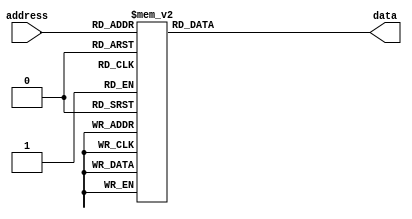
module rom_read(
data,
address,
);

parameter DATAWIDTH = 15;
parameter ADDRWIDTH = 6;
parameter TBLSZ = 1 << ADDRWIDTH;
 
input [ADDRWIDTH-1:0] address;
output [DATAWIDTH-1:0] data;

reg [DATAWIDTH-1:0] data;

always@(address) begin
  $display("rom read data bin %b dec %d ",address,address);
  case(address)
     0: data =15'h7E06;
     1: data =15'h7A35; 
     2: data =15'h768F; 
     3: data =15'h7312; 
     4: data =15'h6FBD; 
     5: data =15'h6C8B; 
     6: data =15'h697D; 
     7: data =15'h668F; 
     8: data =15'h63BF; 
     9: data =15'h610D; 
    10: data =15'h5E77; 
    11: data =15'h5BFA; 
    12: data =15'h5997; 
    13: data =15'h574B; 
    14: data =15'h5515; 
    15: data =15'h52F5; 
    16: data =15'h50E8; 
    17: data =15'h4EEF; 
    18: data =15'h4D08; 
    19: data =15'h4B33; 
    20: data =15'h496E; 
    21: data =15'h47B9; 
    22: data =15'h4613; 
    23: data =15'h447B; 
    24: data =15'h42F1; 
    25: data =15'h4174; 
    26: data =15'h4004; 
    27: data =15'h3EA0; 
    28: data =15'h3D47; 
    29: data =15'h3BF9; 
    30: data =15'h3AB6; 
    31: data =15'h397D; 
    32: data =15'h384E; 
    33: data =15'h3727; 
    34: data =15'h360A; 
    35: data =15'h34F6; 
    36: data =15'h33E9; 
    37: data =15'h32E5;
    38: data =15'h31E8;
    39: data =15'h30F2;
    40: data =15'h3003;
    41: data =15'h2F1B;
    42: data =15'h2E3A;
    43: data =15'h2D5F;
    44: data =15'h2C8A;
    45: data =15'h2BBA;
    46: data =15'h2AF1;
    47: data =15'h2A2C;
    48: data =15'h296D;
    49: data =15'h28B3;
    50: data =15'h27FE;
    51: data =15'h274E;
    52: data =15'h26A2;
    53: data =15'h25FA;
    54: data =15'h2557;
    55: data =15'h24B7;
    56: data =15'h241C;
    57: data =15'h2384;
    58: data =15'h22F1;
    59: data =15'h2260;
    60: data =15'h21D4;
    61: data =15'h214A;
    62: data =15'h20C4;
    63: data =15'h2041;
    default: data = 15'h0000;
  endcase
end
endmodule